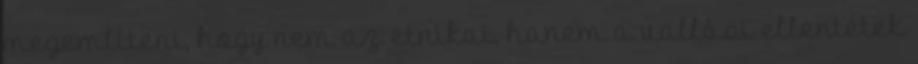
megemlíteni, hogy nem az etnikai, hanem a vallási ellentétek